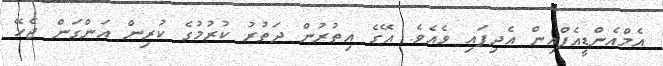
އެމްއެންޑީއެފްއިން އެދިފައި ވެއެވެ. އޭގެ އިތުރުން ދަތުރު ކުރުމުގެ ކުރިން އަންގަން ޖެހޭ